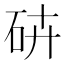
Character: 𥑾